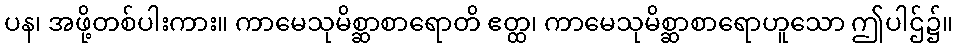
ပန၊ အဖို့တစ်ပါးကား။ ကာမေသုမိစ္ဆာစာရောတိ ဧတ္ထ၊ ကာမေသုမိစ္ဆာစာရောဟူသော ဤပါဌ်၌။